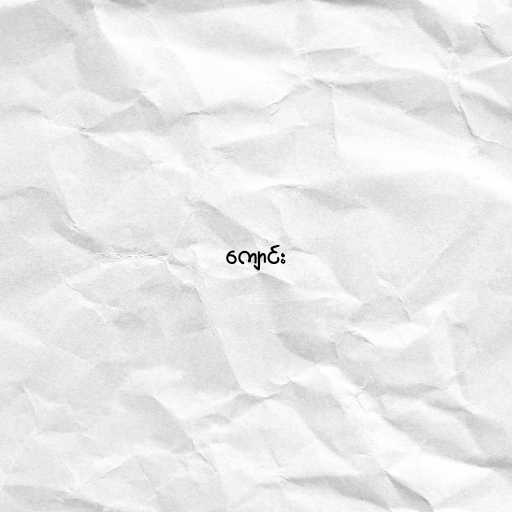
ကျောင်း